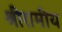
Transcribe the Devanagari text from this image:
श्रीरामीय